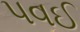
પવઈ